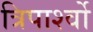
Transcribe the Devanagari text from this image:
त्रिपार्श्वो